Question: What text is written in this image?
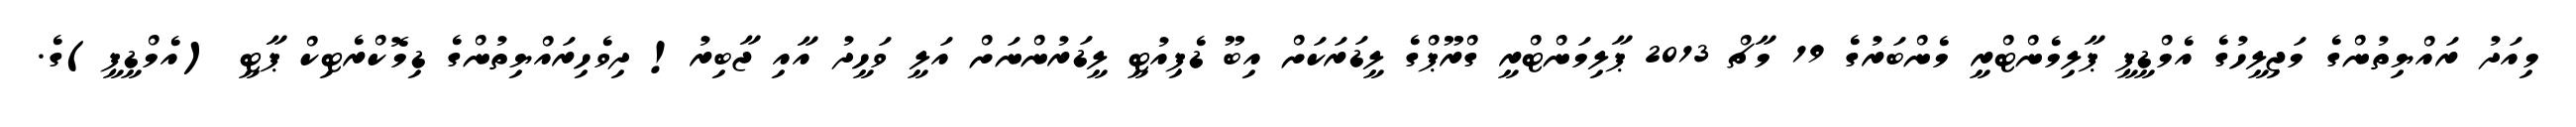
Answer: މިއަދު ރައްޔިތުންގެ މަޖިލީހުގެ އެމްޑީޕީ ޕާލިމެންޓްރީ މެންބަރުގެ 19 މާޗް 2013 ޕާލިމަންޓްރީ ގްރޫޕްގެ ލީޑަރަކަށް އިބޫ ޑެޕިއުޓީ ލީޑަރުންނަށް އަލީ ވަހީދު އާއި ޖާބިރު! ދިވެހިރައްޔިތުންގެ ޑިމޮކްރެޓިކް ޕާޓީ (އެމްޑީޕީ)ގެ.